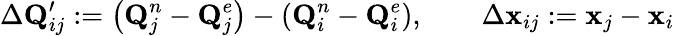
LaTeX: \Delta\mathbf{Q}_{ij}^{\prime}:=\left(\mathbf{Q}_{j}^{n}-\mathbf{Q}_{j}^{e}\right)-\left(\mathbf{Q}_{i}^{n}-\mathbf{Q}_{i}^{e}\right),\qquad\Delta\mathbf{x}_{ij}:=\mathbf{x}_{j}-\mathbf{x}_{i}